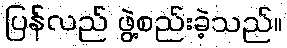
ပြန်လည် ဖွဲ့စည်းခဲ့သည်။